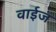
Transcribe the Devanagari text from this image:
वाईज